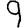
Digit: 9